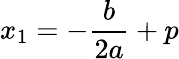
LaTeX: x_{1}=-\frac{b}{2a}+p